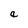
Character: a